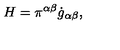
H = \pi ^ { \alpha \beta } \dot { g } _ { \alpha \beta } ,